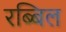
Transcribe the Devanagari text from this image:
रब्बिल